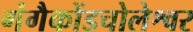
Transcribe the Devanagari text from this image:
गंगैकोंडचोलेश्वर